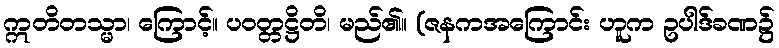
ဣတိတသ္မာ၊ ကြောင့်။ ပဝတ္တဋ္ဌိတိ၊ မည်၏။ (ဇနကအကြောင်း ဟူက ဥပါဒ်ခဏ၌